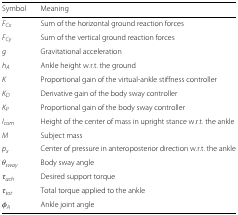
<table><thead><tr><td><b>Symbol</b></td><td><b>Meaning</b></td></tr></thead><tbody><tr><td><i>F</i><sub><i>Cx</i></sub></td><td>Sum of the horizontal ground reaction forces</td></tr><tr><td><i>F</i><sub><i>Cy</i></sub></td><td>Sum of the vertical ground reaction forces</td></tr><tr><td><i>g</i></td><td>Gravitational acceleration</td></tr><tr><td><i>h</i><sub><i>A</i></sub></td><td>Ankle height w.r.t. the ground</td></tr><tr><td><i>K</i></td><td>Proportional gain of the virtual-ankle stiffness controller</td></tr><tr><td><i>K</i><sub><i>D</i></sub></td><td>Derivative gain of the body sway controller</td></tr><tr><td><i>K</i><sub><i>P</i></sub></td><td>Proportional gain of the body sway controller</td></tr><tr><td><i>l</i><sub><i>com</i></sub></td><td>Height of the center of mass in upright stance w.r.t. the ankle</td></tr><tr><td><i>M</i></td><td>Subject mass</td></tr><tr><td><i>p</i><sub><i>x</i></sub></td><td>Center of pressure in anteroposterior direction w.r.t. the ankle</td></tr><tr><td><i>θ</i><sub><i>sway</i></sub></td><td>Body sway angle</td></tr><tr><td><i>τ</i><sub><i>ach</i></sub></td><td>Desired support torque</td></tr><tr><td><i>τ</i><sub><i>tot</i></sub></td><td>Total torque applied to the ankle</td></tr><tr><td><i>φ</i><sub><i>A</i></sub></td><td>Ankle joint angle</td></tr></tbody></table>